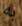
به